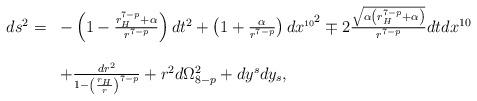
LaTeX: \begin{align*}\begin{array}{ll}ds^{2}= & -\left(1-\frac{r_{H}^{7-p}+\alpha}{r^{7-p}}\right)dt^{2}+\left(1+\frac{\alpha}{r^{7-p}}\right)dx^{\scriptscriptstyle{10}^{\scriptstyle{2}}} \mp2\frac{\sqrt{\alpha \left(r_{H}^{7-p}+\alpha \right)}}{r^{7-p}}dtdx^{10}\\\\ & +\frac{dr^{2}}{1-\left(\frac{r_{H}}{r}\right)^{7-p}} +r^{2}d\Omega _{8-p}^{2}+dy^{s}dy_{s},\end{array}\end{align*}